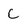
Character: C